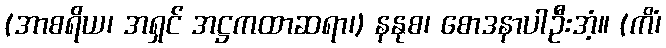
(အာစရိယ၊ အရှင် အဋ္ဌကထာဆရာ၊) နနုစ၊ စောဒနာပါဦးအံ့။ (ကိံ၊